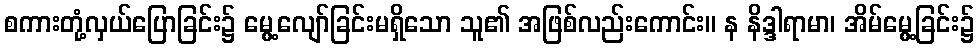
စကားတုံ့လှယ်ပြောခြင်း၌ မွေ့လျော်ခြင်းမရှိသော သူ၏ အဖြစ်လည်းကောင်း။ န နိဒ္ဒါရာမာ၊ အိမ်မွေ့ခြင်း၌